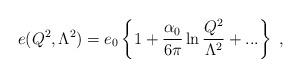
LaTeX: \begin{align*}e(Q^2,\Lambda^2)=e_0\left\{1+\frac{\alpha_0}{6\pi}\ln\frac{Q^2}{\Lambda^2}+...\right\}~,\end{align*}